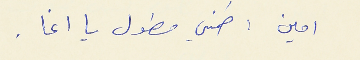
امين : طمني مطول يا اغا .